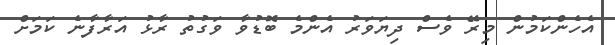
އެހެންކަމުން މިރޭ ވެސް ދިޔަވަރު އެންމެ ބޮޑުވާ ވަގުތު ރާޅު އަރާފާނެ ކަމަށް